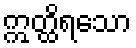
ဣတ္ထိရသော